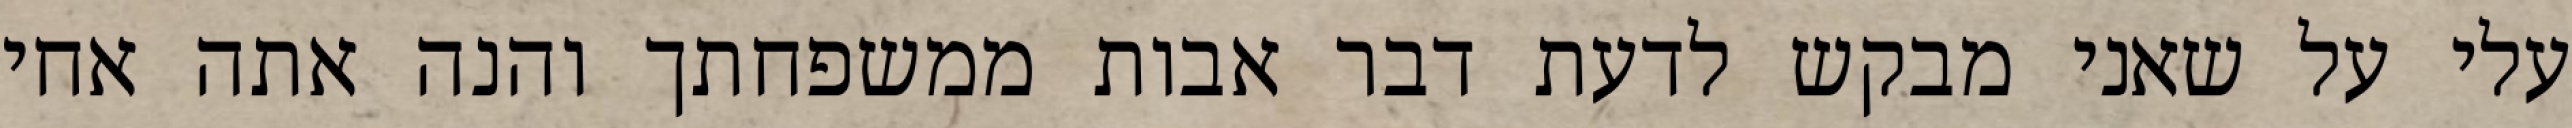
עלי על שאני מבקש לדעת דבר אבות ממשפחתך והנה אתה אחי